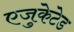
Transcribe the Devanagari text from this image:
एजुकेटेड